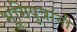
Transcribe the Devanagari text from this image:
भूमिपुत्रांनी